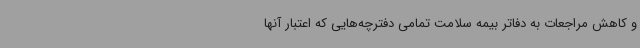
و کاهش مراجعات به دفاتر بیمه سلامت تمامی دفترچه‌هایی که اعتبار آنها